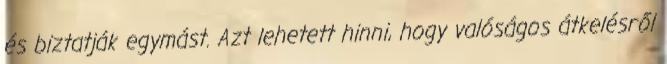
és biztatják egymást. Azt lehetett hinni, hogy valóságos átkelésről